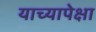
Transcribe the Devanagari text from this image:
याच्यापेक्षा